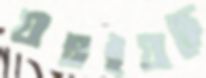
যাচাইয়াছে